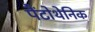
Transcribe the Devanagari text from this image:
पैंटोथेनिक